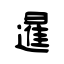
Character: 暹